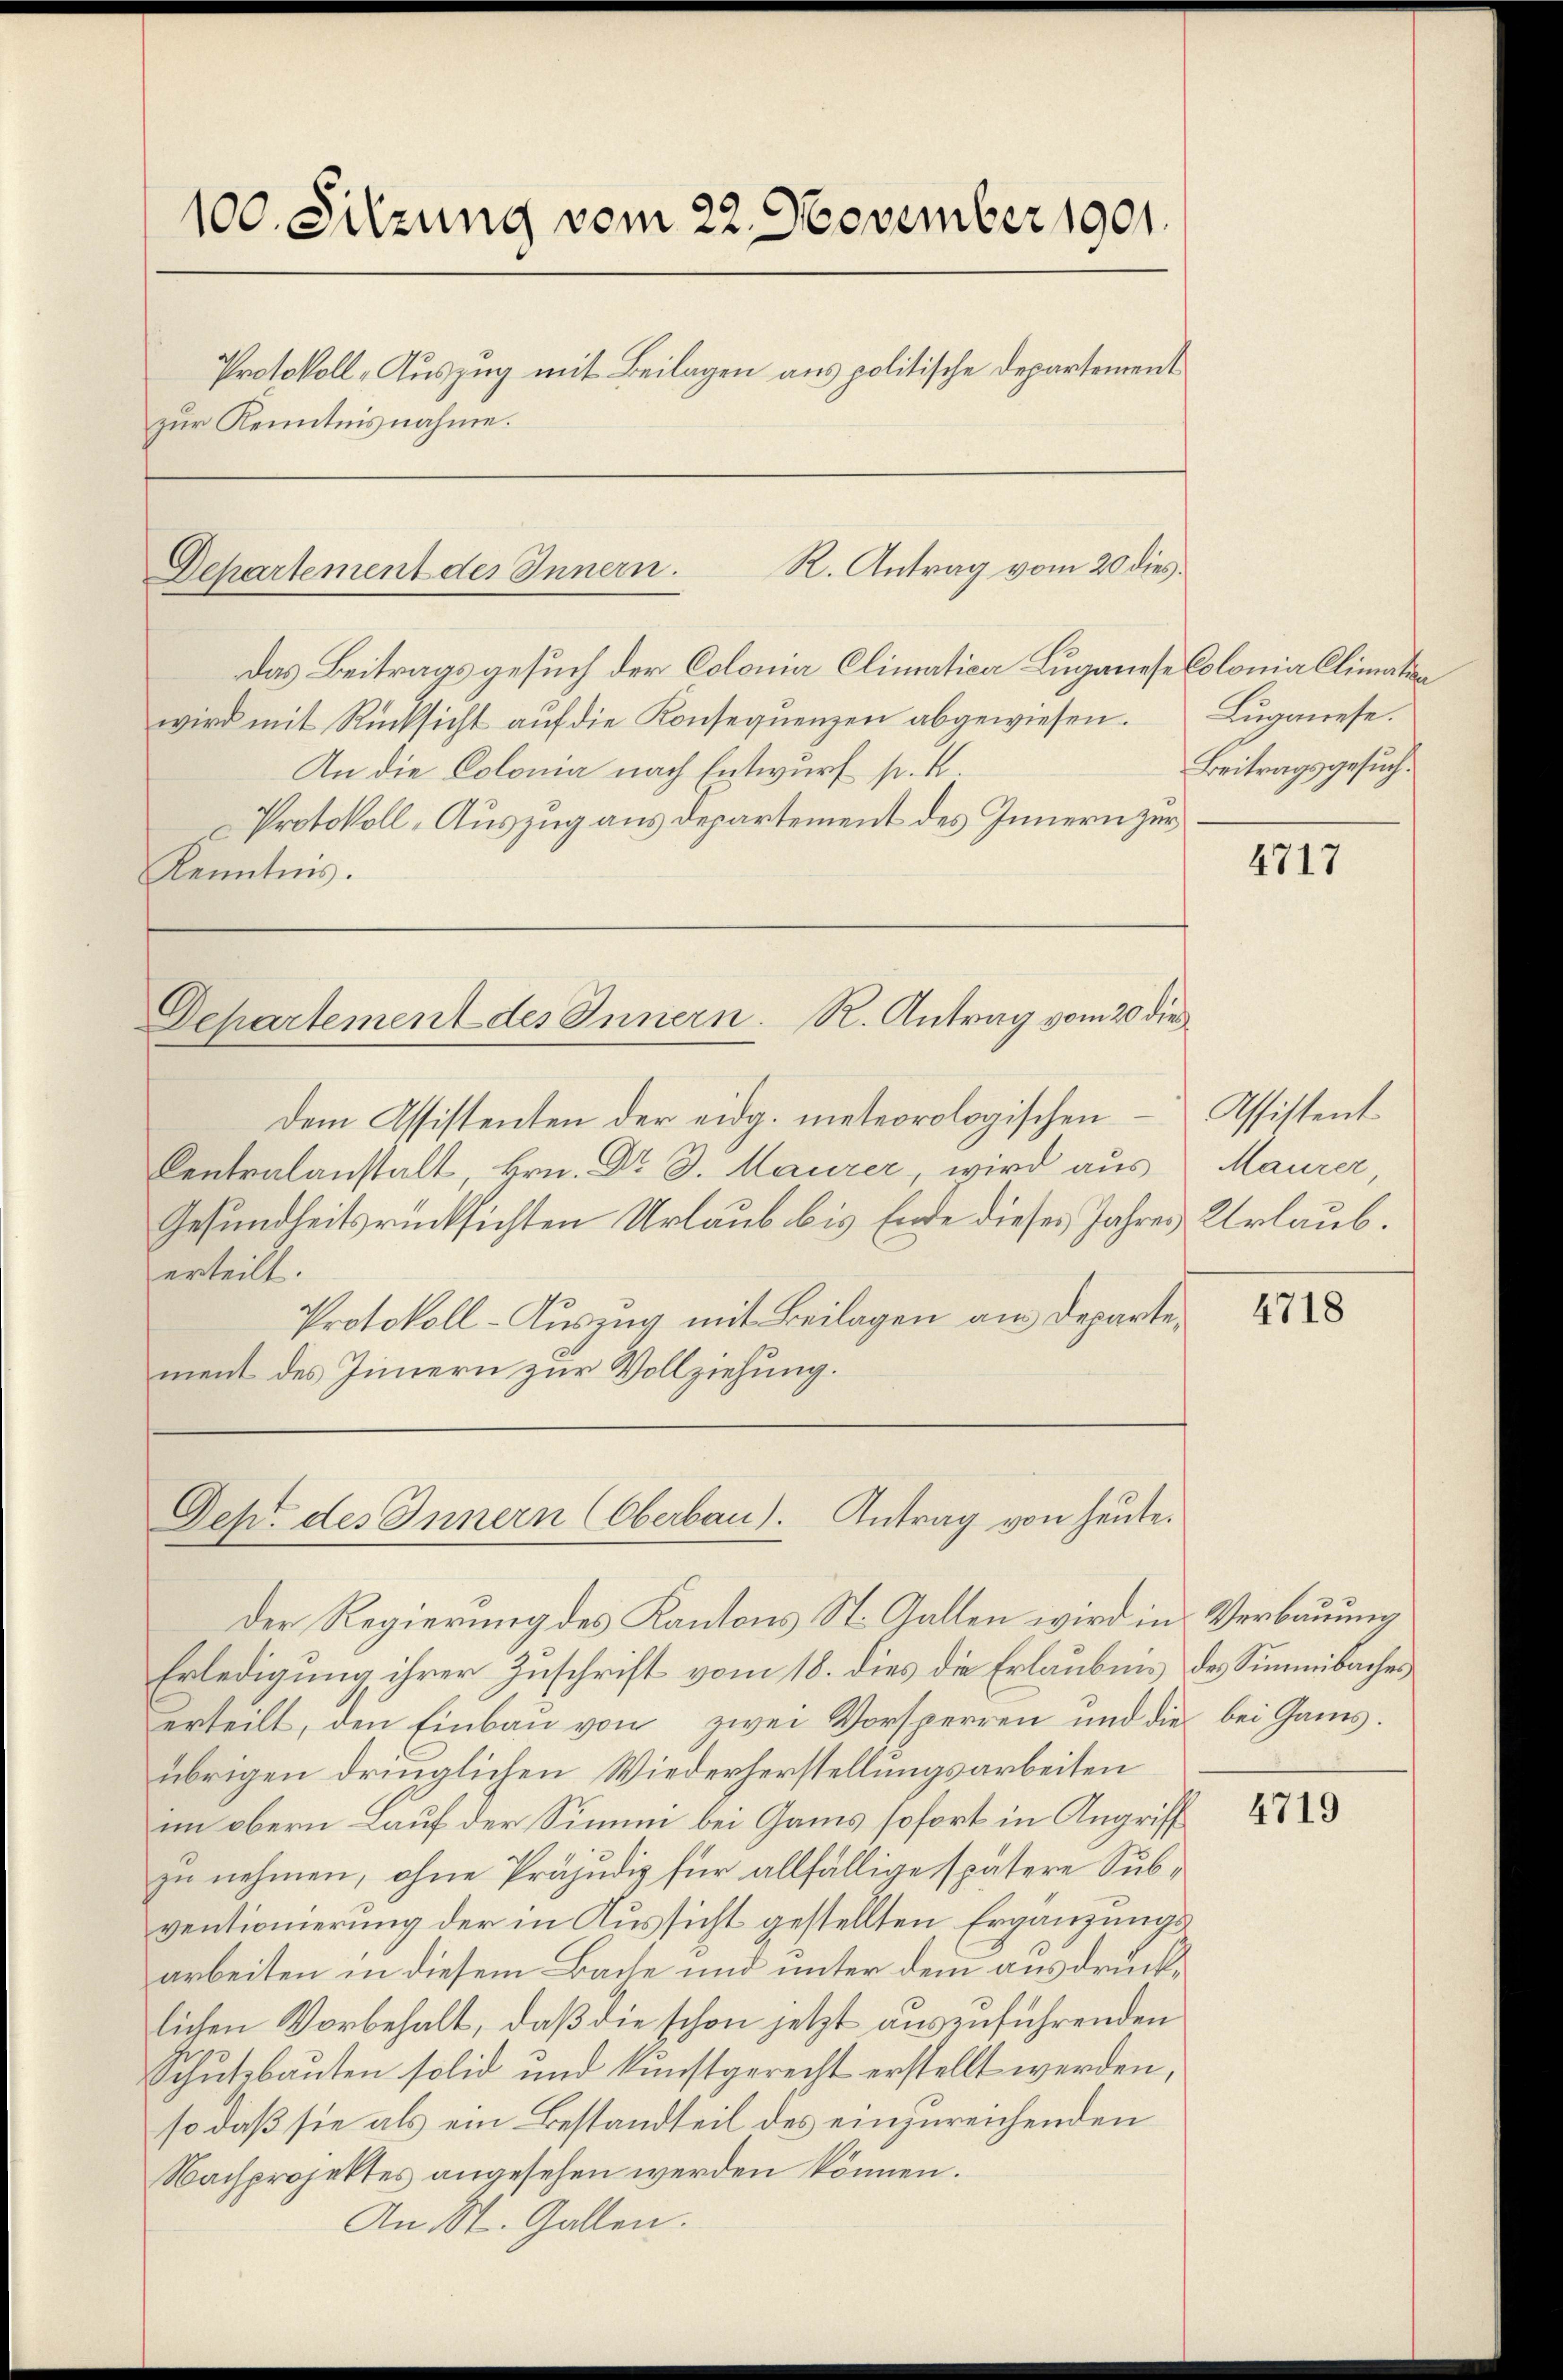
100. Sitzung vom 22. November 1901.
Protokoll-Auszug mit Beilagen aus politische Departement
zur Kenntnisnahme.

R. Antrag vom 20 dies
Departement des Innern.

Departement des Innern. R. Antrag vom 20 die

Dep. des Innern (Oberbau). Antrag von heute.
der Regierung des Kantons St. Gallen wird in Verbauung

Dem Assistenten der eidg. meteorologischen
Centralanstalt, Hrn. Dr D. Maurer, wird aus
Gesundheitsrücksichten Urlaub bis Ende dieses Jahres Urlaub.
erteilt.
Protokoll-Auszug mit Beilagen am Departement des Innern zur Vollziehung.

Luganese.
Beitragsgesuch.

Erledigung ihrer Zuschrift vom 18. dies die Erlaubnis des Summibaches
erteilt, den Einbau von zwei Vorsperren und dies bei Gams.
übrigen dringlichen Wiederherstellungsarbeiten
im obern Lauf der Simini bei Gams sofort in Angriff
zu nehmen, ohne Präjudiz für allfällige spätere Subventionierung der in Aussicht gestellten Ergänzungsarbeiten in diesem Bache und unter dem ausdrucklichen Vorbehalt, daß die schon jetzt auszuführenden
Schutzbauten solid und kunstgerecht erstellt werden,
so daß sie als ein Bestandteil des einzureichenden
Nachprojektes angesehen werden können.
An St. Gallen.

Das Beitragsgesuch der Colonia Climatica Luganese Colonia Climatin
wird mit Rücksicht auf die Konsequenzen abgewiesen.
An die Colonia nach Entwurf p. K.
Protokoll-Auszug aus Departement des Innern zur
Kenntnis.

4717

Assistent
Maurer

4718

4719